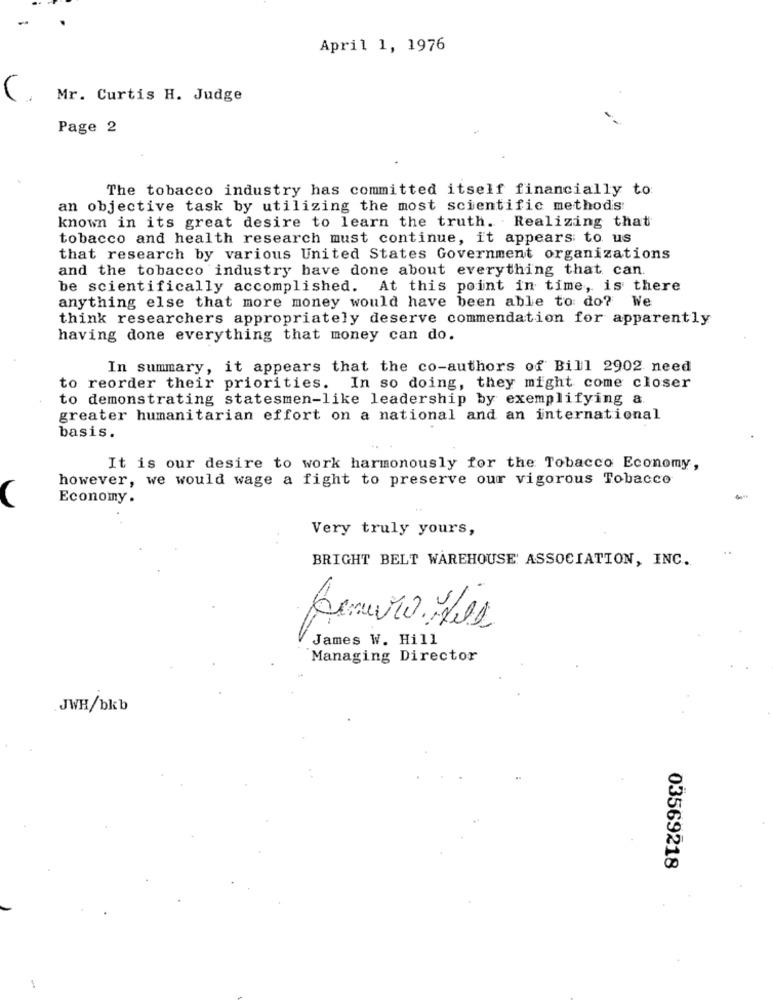
April 1, 1976
C
Mr. Curtis H. Judge
Page 2
The tobacco industry has committed itself financially to
an objective task by utilizing the most scientific methods
known in its great desire to learn the truth. Realizing that
tobacco and health research must continue, it appears to us
that research by various United States Government organizations
and the tobacco industry have done about everything that can
be scientifically accomplished. At this point in time, is there
anything else that more money would have been able to do? We
think researchers appropriately deserve commendation for apparently
having done everything that money can do.
In summary, it appears that the co-authors of Bill 2902 need
to reorder their priorities. In so doing, they might come closer
to demonstrating statesmen-like leadership by exemplifying a
greater humanitarian effort on a national and an international
basis.
It is our desire to work harmonously for the Tobacco Economy,
however, we would wage a fight to preserve our vigorous Tobacco
Economy .
Very truly yours,
BRIGHT BELT WAREHOUSE ASSOCIATION, INC.
James W. Hill
Managing Director
JWH/bkb
03569218